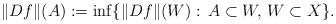
LaTeX: \begin{align*}\Vert Df \Vert (A):=\inf\{\Vert Df\Vert (W):\, A\subset W,\,W\subset X\}.\end{align*}